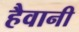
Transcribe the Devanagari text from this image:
हैवानी